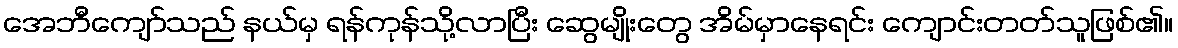
အေဘီကျော်သည် နယ်မှ ရန်ကုန်သို့လာပြီး ဆွေမျိုးတွေ အိမ်မှာနေရင်း ကျောင်းတတ်သူဖြစ်၏။